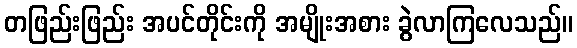
တဖြည်းဖြည်း အပင်တိုင်းကို အမျိုးအစား ခွဲလာကြလေသည်။